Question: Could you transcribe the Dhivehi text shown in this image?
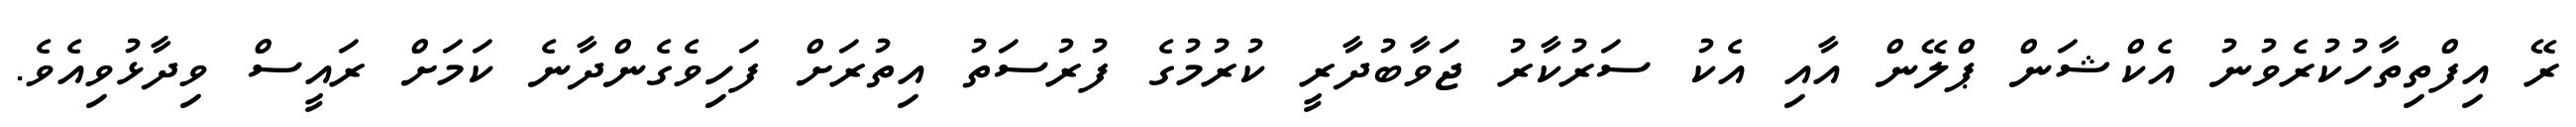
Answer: ރޭ އިފްތިތާހުކުރެވުނު އެކްޝަން ޕްލޭން އާއި އެކު ސަރުކާރު ޖަވާބުދާރީ ކުރުމުގެ ފުރުސަތު އިތުރަށް ފަހިވެގެންދާނެ ކަމަށް ރައީސް ވިދާޅުވިއެވެ.